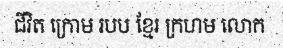
ជីវិត ក្រោម របប ខ្មែរ ក្រហម លោក